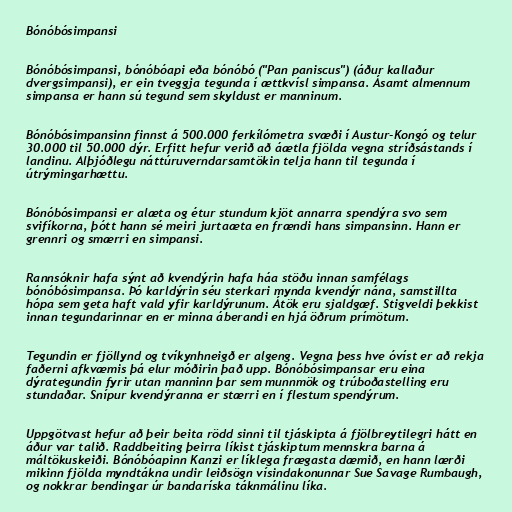
Bónóbósimpansi

Bónóbósimpansi, bónóbóapi eða bónóbó ("Pan paniscus") (áður kallaður
dvergsimpansi), er ein tveggja tegunda í ættkvísl simpansa. Ásamt almennum
simpansa er hann sú tegund sem skyldust er manninum.

Bónóbósimpansinn finnst á 500.000 ferkílómetra svæði í Austur-Kongó og telur
30.000 til 50.000 dýr. Erfitt hefur verið að áætla fjölda vegna stríðsástands í
landinu. Alþjóðlegu náttúruverndarsamtökin telja hann til tegunda í
útrýmingarhættu.

Bónóbósimpansi er alæta og étur stundum kjöt annarra spendýra svo sem
svifíkorna, þótt hann sé meiri jurtaæta en frændi hans simpansinn. Hann er
grennri og smærri en simpansi.

Rannsóknir hafa sýnt að kvendýrin hafa háa stöðu innan samfélags
bónóbósimpansa. Þó karldýrin séu sterkari mynda kvendýr nána, samstillta
hópa sem geta haft vald yfir karldýrunum. Átök eru sjaldgæf. Stigveldi þekkist
innan tegundarinnar en er minna áberandi en hjá öðrum prímötum.

Tegundin er fjöllynd og tvíkynhneigð er algeng. Vegna þess hve óvíst er að rekja
faðerni afkvæmis þá elur móðirin það upp. Bónóbósimpansar eru eina
dýrategundin fyrir utan manninn þar sem munnmök og trúboðastelling eru
stundaðar. Snípur kvendýranna er stærri en í flestum spendýrum.

Uppgötvast hefur að þeir beita rödd sinni til tjáskipta á fjölbreytilegri hátt en
áður var talið. Raddbeiting þeirra líkist tjáskiptum mennskra barna á
máltökuskeiði. Bónóbóapinn Kanzi er líklega frægasta dæmið, en hann lærði
mikinn fjölda myndtákna undir leiðsögn vísindakonunnar Sue Savage Rumbaugh,
og nokkrar bendingar úr bandaríska táknmálinu líka.